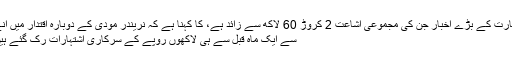
بھارت کے بڑے اخبار جن کی مجموعی اشاعت 2 کروڑ 60 لاکھ سے زائد ہے، کا کہنا ہے کہ نریندر مودی کے دوبارہ اقتدار میں آنے
سے ایک ماہ قبل سے ہی لاکھوں روپے کے سرکاری اشتہارات رک گئے ہیں۔